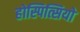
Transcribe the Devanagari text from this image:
होस्पित्सियो